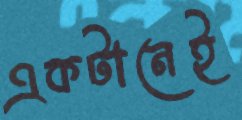
একটানেই